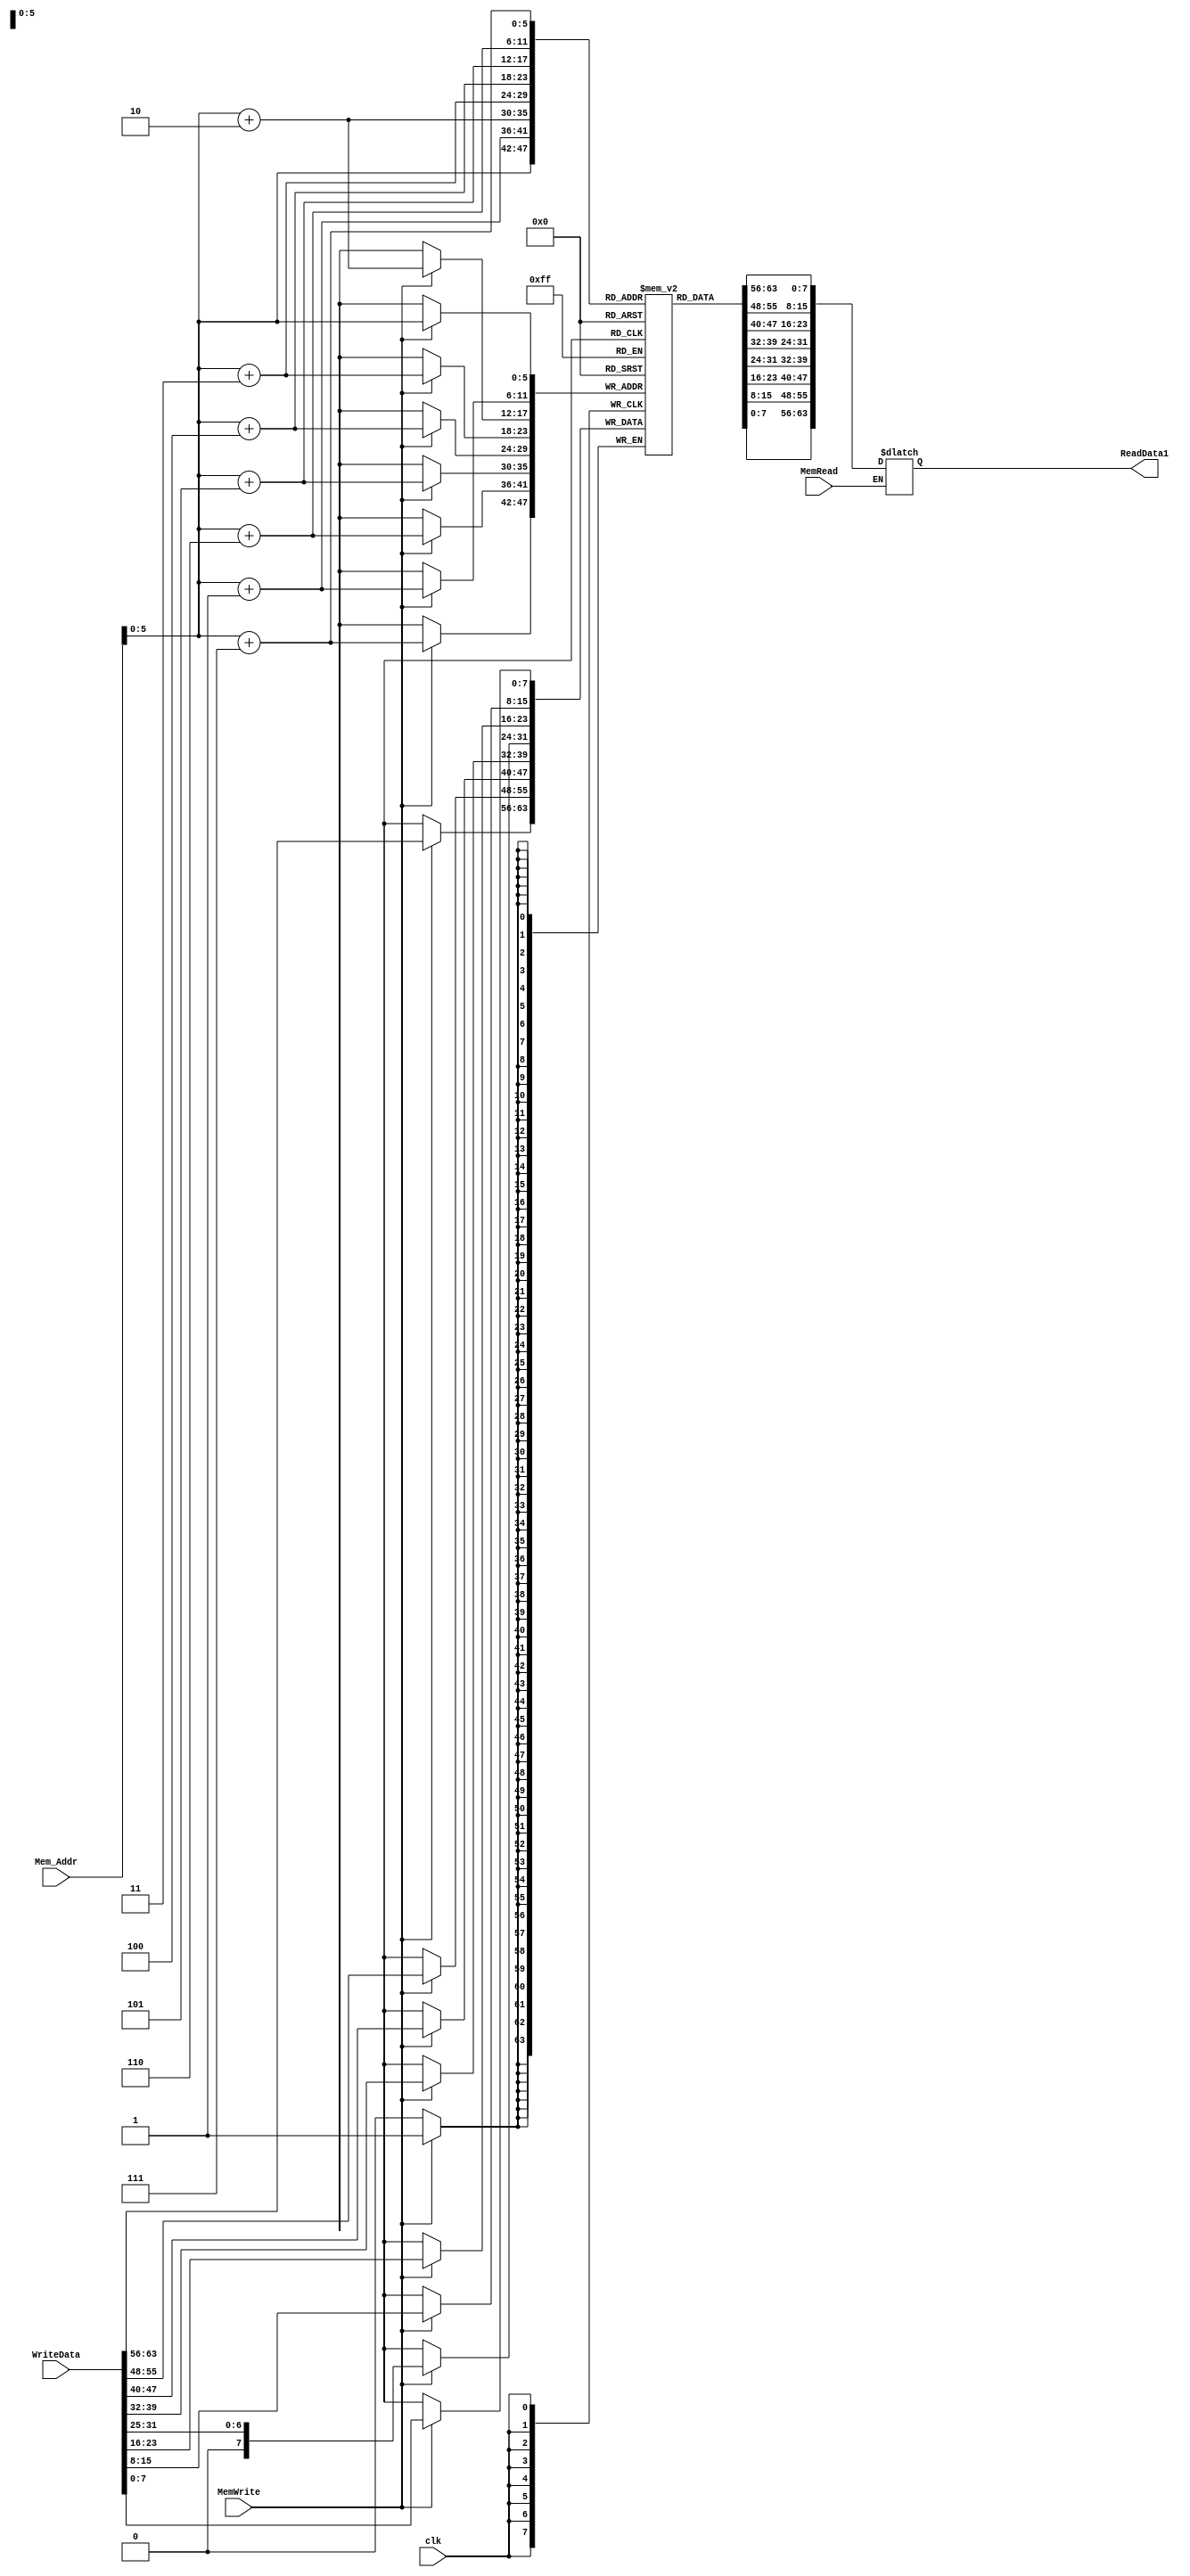
module Data_memory(
input [63:0] WriteData, Mem_Addr,
input MemWrite, clk, MemRead,
output reg[63:0]ReadData1
 );

reg [7:0] memory [63:0];
integer seed, i,j;
initial begin
	for (i=0; i<32; i=i+1)
	begin 
		j=i;
		memory[i]= j;
	end
end


always @(*)
begin
	if (MemRead)
	begin
		ReadData1[7:0] = memory[Mem_Addr];
		ReadData1[15:8] = memory[Mem_Addr+1];
		ReadData1[23:16] = memory[Mem_Addr+2];
		ReadData1[31:24] = memory[Mem_Addr+3];
		ReadData1[39:32] = memory[Mem_Addr+4];
		ReadData1[47:40] = memory[Mem_Addr+5];
		ReadData1[55:48] = memory[Mem_Addr+6];
		ReadData1[63:56] = memory[Mem_Addr+7];
	end
end


always @ (posedge clk)
begin
	if (MemWrite)
	begin
	memory[Mem_Addr] = WriteData[7:0];
	memory[Mem_Addr+1] = WriteData[15:8];
	memory[Mem_Addr+2] = WriteData[23:16];
	memory[Mem_Addr+3] = WriteData[31:25];
	memory[Mem_Addr+4] = WriteData[39:32];
	memory[Mem_Addr+5] = WriteData[47:40];
	memory[Mem_Addr+6] = WriteData[55:48];
	memory[Mem_Addr+7] = WriteData[63:56];
	end
		
end
endmodule